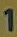
1